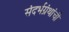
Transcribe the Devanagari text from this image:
संदर्भग्रंथांची